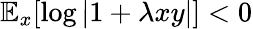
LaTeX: \mathbb{E}_{x}[\log|1+\lambda xy|]<0